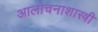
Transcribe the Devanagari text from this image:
आलोचनाशास्त्री